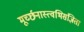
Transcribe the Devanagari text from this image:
मूर्च्छनास्त्वभिसंज्ञिता